Report on plague and inoculation in the Punjab from October 1st ... to September 30th..., being the ... season of plague in the province
Disease focus: Plague
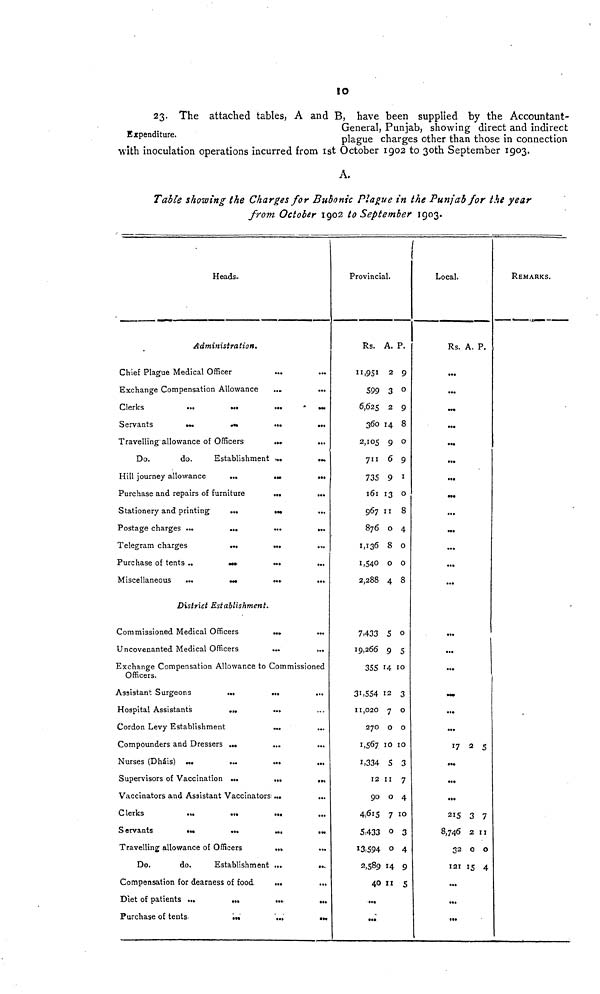
10
Expenditure.
23. The attached tables, A and B, have been supplied by the Accountant-
General, Punjab, showing direct and indirect
plague charges other than those in connection
with inoculation operations incurred from 1st October 1902 to 30th September 1903.
A.
Table showing the Charges for Bubonic Plague in the Punjab for the year
from October 1902 to September
1903.
Heads.
Administration.
Chief Plague Medical Officer
Exchange Compensation Allowance
Clerks ...
Servants
...
...
...
Travelling allowance of Officers
Do.
do.
Establishment
Hill journey allowance
...
Purchase and repairs of furniture
Stationery and printing
Postage charges ...
Telegram charges
Purchase of tents ...
Miscellaneous
...
...
...
...
...
...
District Establishment
Commissioned Medical Officers
Uncovenanted Medical Officers
...
...
...
...
...
...
...
...
...
...
...
...
...
...
...
...
...
...
...
...
...
...
...
...
...
...
...
...
...
...
Exchange Compensation Allowance to Commissioned
Officers.
Assistant Surgeons
Hospital Assistants
...
...
Cordon Levy Establishment
Compounders and Dressers
Nurses (Dháis) ...
Supervisors of Vaccination
...
...
...
Vaccinators and Assistant Vaccinators
C lerks
S ervants
...
...
...
Travelling allowance of Officers
Do.
do.
Establishment
Compensation for dearness of food
Diet of patients ...
Purchase of tents.
...
...
...
...
...
...
...
...
...
...
...
...
...
...
...
...
...
...
...
...
...
...
...
...
...
...
...
...
...
...
Provincial.
Rs.
599
6,625
360
2,105
711
735
161
967
876
1,136
1,540
2,288
7,433
19,266
355
31,554
11,020
270
1,567
1,334
12
90
4,615
5,433
13,594
2,589
40
...
...
A.
2
3
2
14
9
6
9
13
11
0
8
0
4
5
9
14
12
7
0
10
5
11
0
7
0
0
14
11
P.
9
0
9
8
0
9
1
0
8
4
0
0
8
0
5
10
3
0
0
10
3
7
4
10
3
4
9
5
Local.
Rs.
...
...
...
...
...
...
...
...
...
...
...
...
...
...
...
...
...
...
...
17
...
...
...
215
8,746
32
121
...
...
...
A.
2
3
2
0
151
P.
5
7
11
0
4
REMARKS.